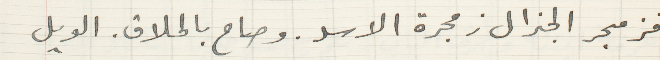
فزمجر الجنرال زمجرة الاسد. وصاح بالحلاق. الويل